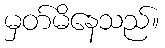
မှတ်မိနေသည်။